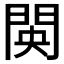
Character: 𮤋